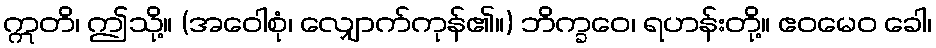
ဣတိ၊ ဤသို့။ (အဝေါစုံ၊ လျှောက်ကုန်၏။) ဘိက္ခဝေ၊ ရဟန်းတို့။ ဧဝမေဝ ခေါ၊